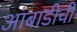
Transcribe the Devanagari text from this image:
आंबाडीची